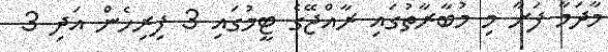
މާދަމާ ފަށާ މި މުބާރާތުގައި ރާއްޖޭގެ ޓީމުގައި 3 ފިރިހެން އަދި 3